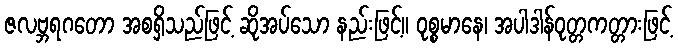
ဇလဗ္ဘရဂတော အစရှိသည်ဖြင့် ဆိုအပ်သော နည်းဖြင့်။ ဝုစ္စမာနေ၊ အပါဒါန်ဝုတ္တကတ္တားဖြင့်